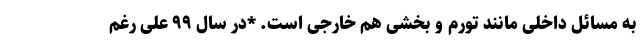
به مسائل داخلی مانند تورم و بخشی هم خارجی است. *در سال ۹۹ علی رغم